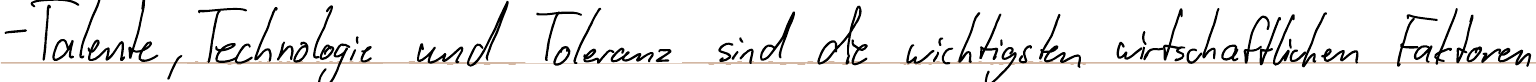
- Talente, Technologie und Toleranz sind die wichtigsten wirtschaftlichen Faktoren